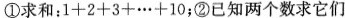
①求和： $$1 + 2 + 3 + \cdots + 1 0$$ ；②已知两个数求它们